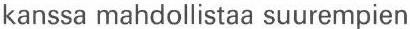
kanssa mahdollistaa suurempien